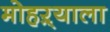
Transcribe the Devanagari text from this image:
मोहऱ्याला